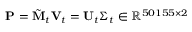
\mathbf { P } = \tilde { \mathbf { M } } _ { t } \mathbf { V } _ { t } = \mathbf { U } _ { t } \boldsymbol { \Sigma } _ { t } \in \mathbb { R } ^ { 5 0 1 5 5 \times 2 }